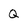
Character: Q